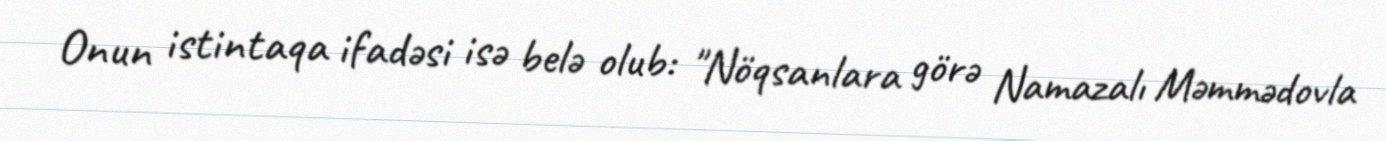
Onun istintaqa ifadəsi isə belə olub: "Nöqsanlara görə Namazalı Məmmədovla